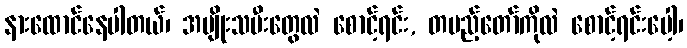
နားထောင်နေပါတယ်၊ အမျိုးသမီးတွေလဲ စောင့်ရင်း, တပည့်တော်ကိုလဲ စောင့်ရင်းပေါ့၊